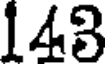
143